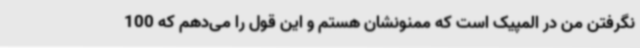
نگرفتن من در المپیک است که ممنونشان هستم و این قول را می‌دهم که 100